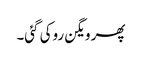
پھر ویگن روکی گئی۔